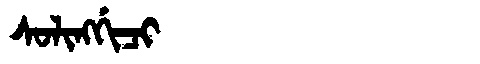
Manchu: ᠰᠣᠯᡳᠩᡤᡳᠴᡳ
Romanization: SOLINGGICI